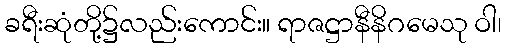
ခရီးဆုံတို့၌လည်းကောင်း။ ရာဇဋ္ဌာနီနိဂမေသု ဝါ၊